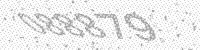
Solution: 088879